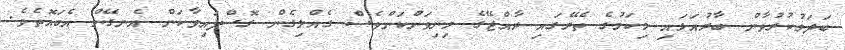
ބަދަލުކުރުވާން ބާރުއަޅައި މިކަމުގެ ތެރޭގައި ރާއްޖޭގެ މިނިވަންކަންވެސް ގެއްލިގެން ގޮސްފައިވާކަން އެނގޭން އެބައޮތެވެ.